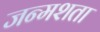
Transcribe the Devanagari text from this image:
जन्मशता